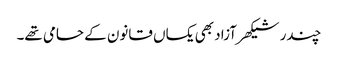
چندر شیکھر آزاد بھی یکساں قانون کے حامی تھے۔